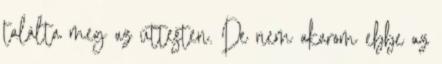
találta meg az úttesten. De nem akarom ebbe az